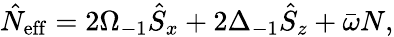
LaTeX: \hat{N}_{\mathrm{eff}}=2\Omega_{-1}\hat{S}_{x}+2\Delta_{-1}\hat{S}_{z}+\bar{\omega}N,